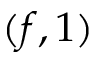
( f , 1 )